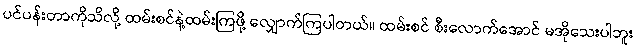
ပင်ပန်းတာကိုသိလို့ ထမ်းစင်နဲ့ထမ်းကြဖို့ လျှောက်ကြပါတယ်။ ထမ်းစင် စီးလောက်အောင် မအိုသေးပါဘူး